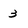
Character: 3